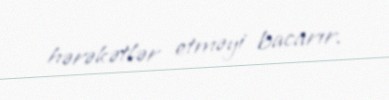
hərəkətlər etməyi bacarır.